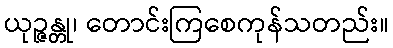
ယုဉ္ဇန္တု၊ တောင်းကြစေကုန်သတည်း။